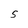
Character: S